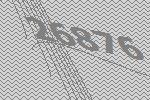
26876